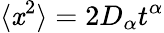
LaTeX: \langle\mathit{x}^{2}\rangle=2D_{\alpha}t^{\alpha}